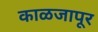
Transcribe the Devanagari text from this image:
काळजापूर